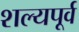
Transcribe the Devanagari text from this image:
शल्यपूर्व